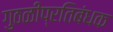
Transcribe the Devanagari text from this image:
गुठळीप्रतिबंधक